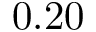
0 . 2 0